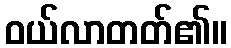
ဝယ်လာတတ်၏။